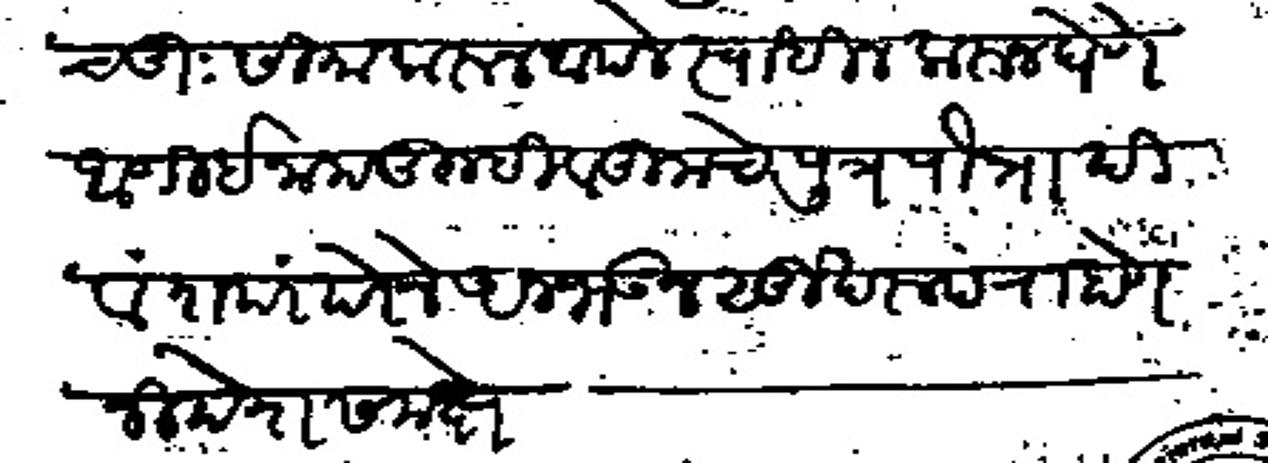
Transliteration (Devanagari): चतुःसीमा करुन आपले स्वाधीन करुन घेणे आणी इनाम तुम्ही व तुमचे पूत्र पौत्रादी वंशपरंपरेने अनभवून सुखरुप राहाणे नीदेश समक्षे